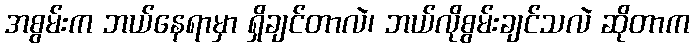
အစွမ်းက ဘယ်နေရာမှာ ရှိချင်တာလဲ၊ ဘယ်လိုစွမ်းချင်သလဲ ဆိုတာက